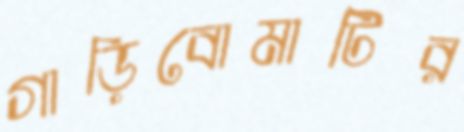
গাড়িবোমাটির